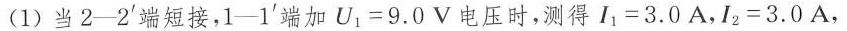
(1)当2-2^{'}端短接，1-1^{'}端加U_{1}=9.0V电压时，测得I_{1}=3.0A，I_{2}=3.0A，